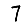
Digit: 7